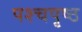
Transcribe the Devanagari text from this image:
पश्चपृष्ठ